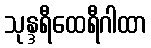
သုန္ဒရီထေရီဂါထာ